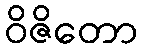
ဝိဇိတော